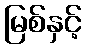
မြစ်နှင့်